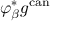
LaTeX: \varphi _ { \beta } ^ { * } g ^ { \mathrm { c a n } }